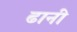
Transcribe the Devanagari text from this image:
ढानी